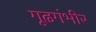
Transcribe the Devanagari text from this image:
गूढगंभीर